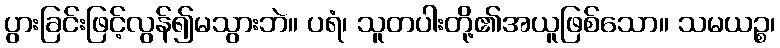
ပွားခြင်းဖြင့်လွန်၍မသွားဘဲ။ ပရံ၊ သူတပါးတို့၏အယူဖြစ်သော။ သမယဉ္စ၊